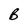
Character: B